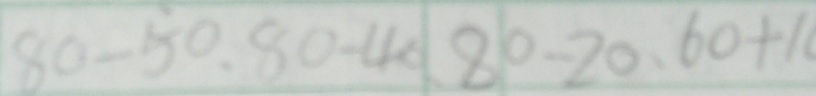
8 0 - 5 0 、 8 0 - 4 0 、 8 0 - 2 0 、 6 0 + 1